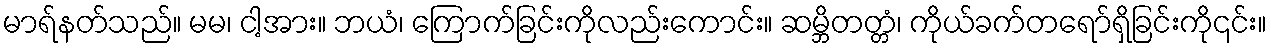
မာရ်နတ်သည်။ မမ၊ ငါ့အား။ ဘယံ၊ ကြောက်ခြင်းကိုလည်းကောင်း။ ဆမ္ဘိတတ္တံ၊ ကိုယ်ခက်တရော်ရှိခြင်းကို၎င်း။